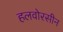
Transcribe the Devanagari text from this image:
हलवोरसीन